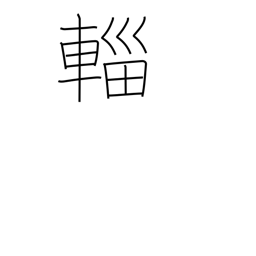
Meaning: canopied cart